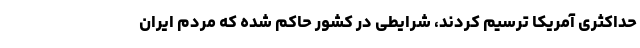
حداکثری آمریکا ترسیم کردند، شرایطی در کشور حاکم شده که مردم ایران